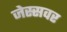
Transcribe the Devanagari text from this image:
जेस्सवर